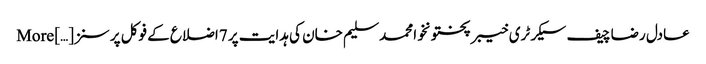
عادل رضا چیف سیکرٹری خیبر پختونخوا محمد سلیم خان کی ہدایت پر 7اضلاع کے فوکل پرسنز […] More